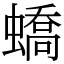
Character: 蟜